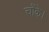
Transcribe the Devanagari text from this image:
चौंके।